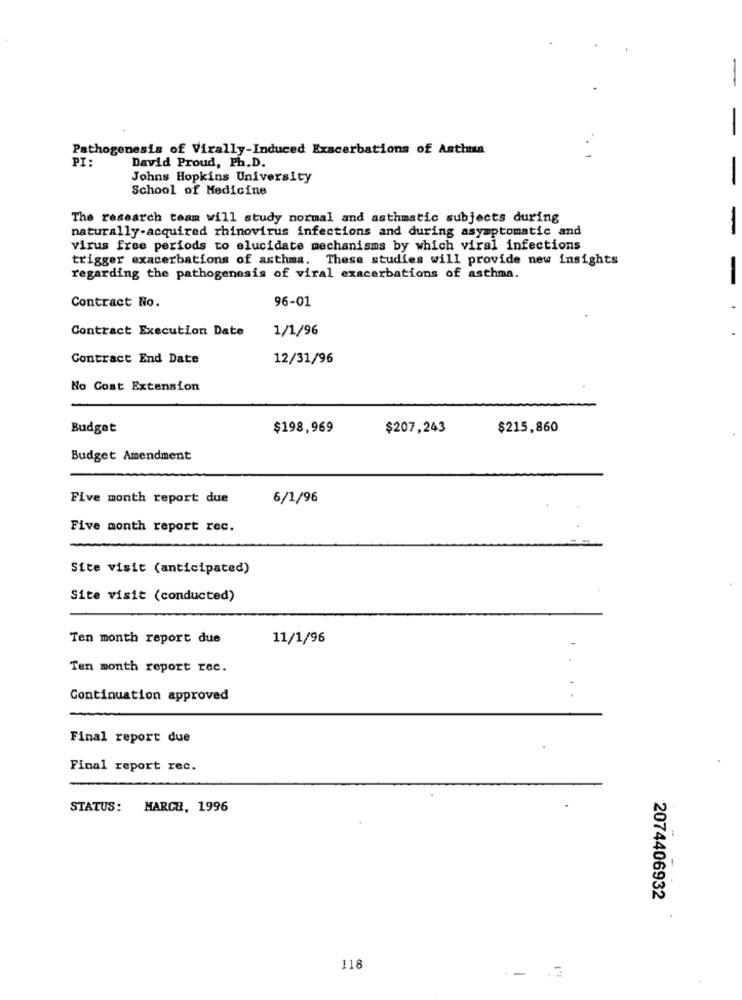
-
-
Pathogenesis of Virally-Induced Exacerbations of Asthma
PI
David Proud, Ph.D.
Johns Hopkins University
-
School of Medicine
The research team will study normal and asthmatic subjects during
naturally-acquired rhinovirus infections and during asymptomatic and
-
virus free periods to elucidate mechanisms by which viral infections
trigger exacerbations of asthma. These studies will provide new insights
regarding the pathogenesis of viral exacerbations of asthma.
-
96-01
Contract No.
Contract Execution Date
1/1/96
Contract End Date
12/31/96
No Cost Extension
Budget
$198,969
$207,243
$215,860
Budget Amendment
Five month report due
6/1/96
Five month report rec.
Site visit (anticipated)
Site visit (conducted)
Ten month report due
11/1/96
Ten month report rec.
Continuation approved
Final report due
Final report rec.
STATUS: MARCA, 1996
2074406932
.
118
-